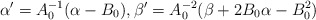
\begin{align*}\alpha' = A_0^{-1}(\alpha-B_0), \beta' =A_0^{-2}(\beta +2 B_0\alpha -B_0^2)\end{align*}